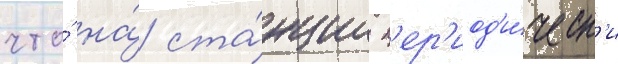
что́ на́ ста́нции п'ер'иод'и́ческ'и